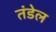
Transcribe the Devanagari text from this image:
तंडेल